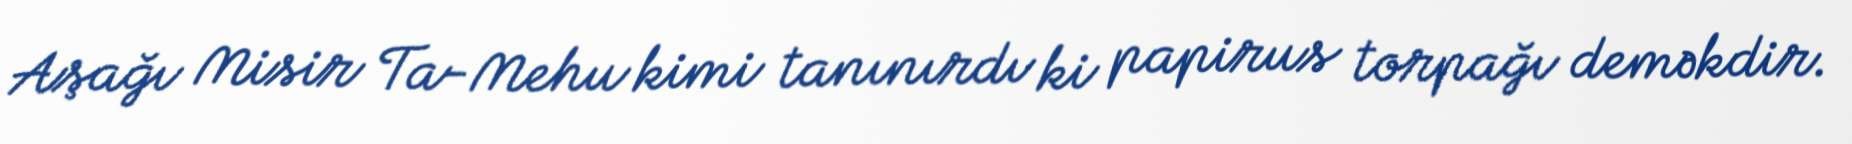
Aşağı Misir Ta-Mehu kimi tanınırdı ki papirus torpağı deməkdir.